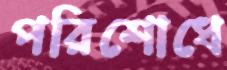
পরিশোধে